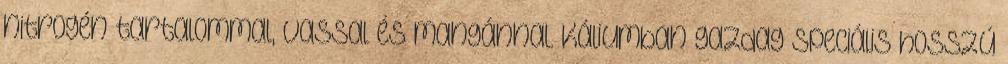
nitrogén tartalommal, vassal és mangánnal. Káliumban gazdag speciális hosszú